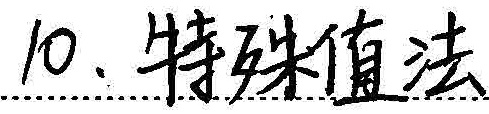
10. 特殊值法